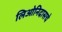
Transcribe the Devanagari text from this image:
लिओनिदासचे